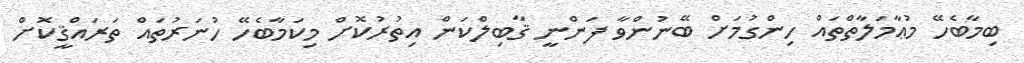
ބިމާބެހޭ މުޢާމަލާތްތައް ހިންގުމަށް ބޭނުންވާ ފަންނީ ޤާބިލްކަން އިތުރުކޮށް މިކަމާބެހޭ ހުނަރުތައް ތަރައްޤީކޮށް